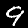
Digit: 9